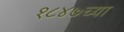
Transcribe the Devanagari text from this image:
१८४७च्या